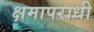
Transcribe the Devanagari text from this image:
क्षमापराधी